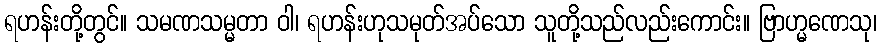
ရဟန်းတို့တွင်။ သမဏသမ္မတာ ဝါ၊ ရဟန်းဟုသမုတ်အပ်သော သူတို့သည်လည်းကောင်း။ ဗြာဟ္မဏေသု၊